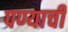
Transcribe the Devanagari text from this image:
पण्याची